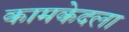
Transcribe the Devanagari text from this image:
कामकेदला